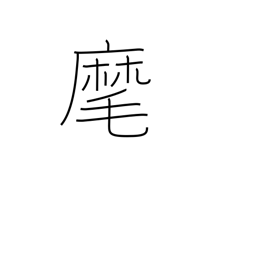
Meaning: beckon to